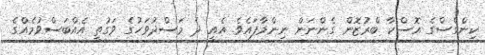
ކިންގްސްގެ އޮސްކާ ބްރުޒޮން ގެންނަން ނިންމާފައެވެ. އެއީ ދެ މަސްދުވަހުގެ ވަގުތީ އެއްބަސްވުމެއްގެ